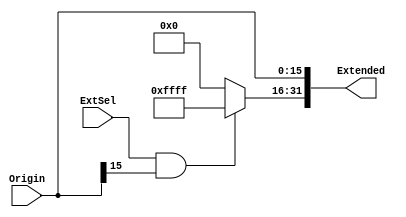
`timescale 1ns / 1ps
//////////////////////////////////////////////////////////////////////////////////
// Company: 
// Engineer: 
// 
// Design Name: 
// Module Name: SZE
// Project Name: 
// Target Devices: 
// Tool Versions: 
// Description: Sign/Zero Extend
// 
// Dependencies: 
// 
// Revision:
// Revision 0.01 - File Created
// Additional Comments:
// 
//////////////////////////////////////////////////////////////////////////////////


module SZE(
    input ExtSel,           // 
    input [15:0] Origin,    // 
    output [31:0] Extended  // 
    );

    assign Extended[15:0] = Origin[15:0];                                   // 16
    assign Extended[31:16] = (ExtSel && Origin[15]) ? 16'hffff : 16'h0000;  // 16
endmodule